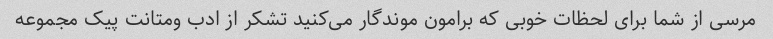
مرسی از شما برای لحظات خوبی که برامون موندگار می‌کنید تشکر از ادب و‌متانت پیک مجموعه